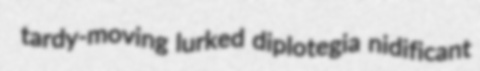
tardy-moving lurked diplotegia nidificant